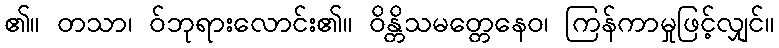
၏။ တသာ၊ ဝ်ဘုရားလောင်း၏။ ဝိန္တိသမတ္တေနေဝ၊ ကြန်ကာမှုဖြင့်လျှင်။